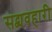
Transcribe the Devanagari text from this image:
सद्व्यवहारी